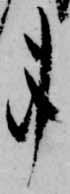
事